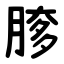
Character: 䐒